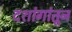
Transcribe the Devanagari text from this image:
दशांगांतून